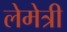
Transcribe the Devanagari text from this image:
लेमेत्री